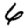
Digit: 6